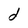
Character: d